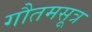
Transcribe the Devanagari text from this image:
गौतमसूत्र